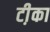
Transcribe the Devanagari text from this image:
टी़का